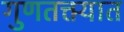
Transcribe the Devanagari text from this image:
गुणतक्त्यात